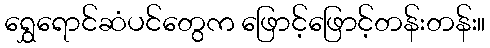
ရွှေရောင်ဆံပင်တွေက ဖြောင့်ဖြောင့်တန်းတန်း။